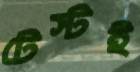
টেস্টই